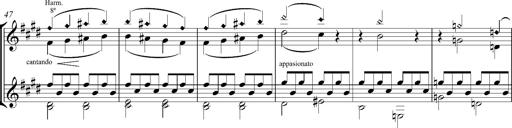
Title: Consolations
Composer: Franz Liszt